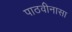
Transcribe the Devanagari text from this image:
पाठवीनासा